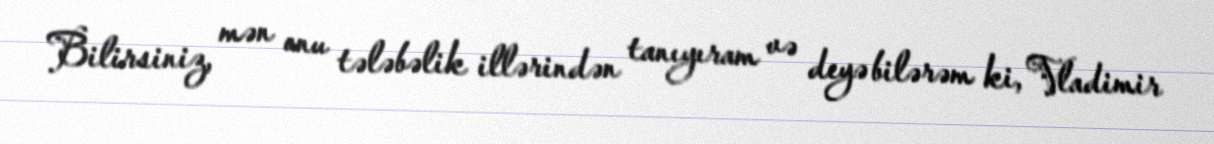
Bilirsiniz, mən onu tələbəlik illərindən tanıyıram və deyə bilərəm ki, Vladimir